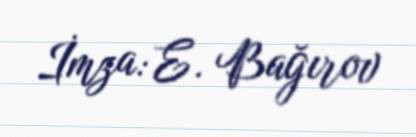
İmza: E. Bağırov